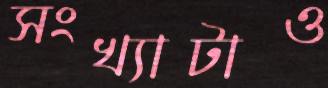
সংখ্যাটাও